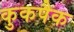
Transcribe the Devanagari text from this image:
कुकपैक